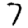
Digit: 7